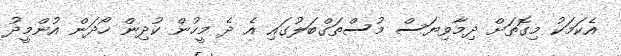
އެކަމަކު މިގޮތަށް ދިމާވިޔަސް މުސްތަގްބަލުގައި އެ ދެ މީހުން ކުދިން ހޯދަން އުންމީދު